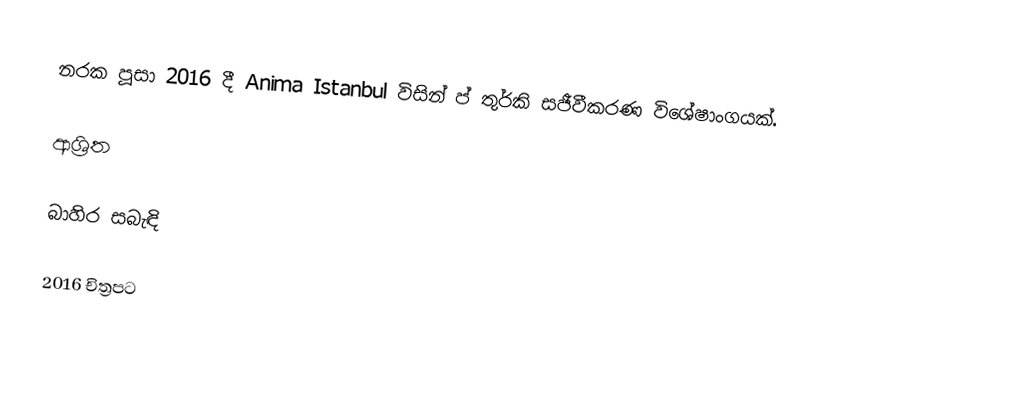
නරක පූසා 2016 දී Anima Istanbul විසින් ප්‍  තුර්කි සජීවීකරණ විශේෂාංගයක්.

ආශ්‍රිත

බාහිර සබැඳි

2016 චිත්‍රපට